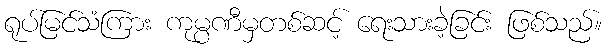
ရုပ်မြင်သံကြား ကုမ္ပဏီမှတစ်ဆင့် ရေးသားခဲ့ခြင်း ဖြစ်သည်။